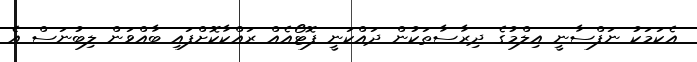
އެކަމަކު ނަފްސާނީ އިލްމުގެ ދިރާސާތަކުން ދައްކަނީ ފޮޓޯއެއް ރައްކާކޮށްފައި ބާއްވަން ލިބުނަސް އެ